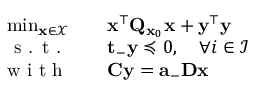
\begin{array} { r l } { \operatorname* { m i n } _ { \mathbf { x } \in \mathcal { X } } \quad } & { \mathbf { x } ^ { \top } \mathbf { Q } _ { \mathbf { x } _ { 0 } } \mathbf { x } + \mathbf { y } ^ { \top } \mathbf { y } } \\ { \textrm { s . t . } \quad } & { \mathbf { t } _ - \mathbf { y } \preccurlyeq 0 , \quad \forall i \in \mathcal { I } } \\ { \textrm { w i t h } \quad } & { \mathbf { C } \mathbf { y } = \mathbf { a } _ - \mathbf { D } \mathbf { x } } \end{array}